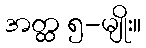
အတ္ထ ၅-မျိုး။